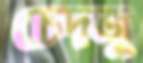
চেদজু